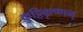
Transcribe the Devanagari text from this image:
कुट्टिकृष्णन्